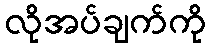
လိုအပ်ချက်ကို